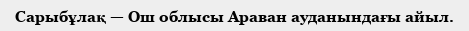
Сарыбұлақ — Ош облысы Араван ауданындағы айыл.